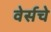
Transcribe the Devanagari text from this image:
वेर्सचे